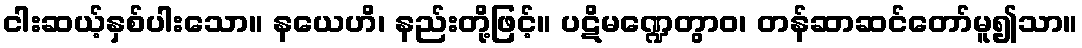
ငါးဆယ့်နှစ်ပါးသော။ နယေဟိ၊ နည်းတို့ဖြင့်။ ပဋိမဏ္ဍေတွာဝ၊ တန်ဆာဆင်တော်မူ၍သာ။